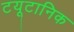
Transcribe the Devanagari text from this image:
टयूटानिक